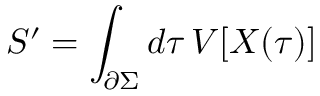
S ^ { \prime } = \int _ { \partial \Sigma } d \tau \, V [ X ( \tau ) ]